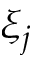
\xi _ { j }